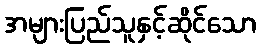
အများပြည်သူနှင့်ဆိုင်သော